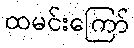
ထမင်းကြော်